Bréfritari: Sigríður Pálsdóttir
Viðtakandi: Páll Pálsson
Dagsetning: A-1866-07-05
Skrifað á: Breiðabólsstað  Rang.
Páll var bróðir Sigríðar

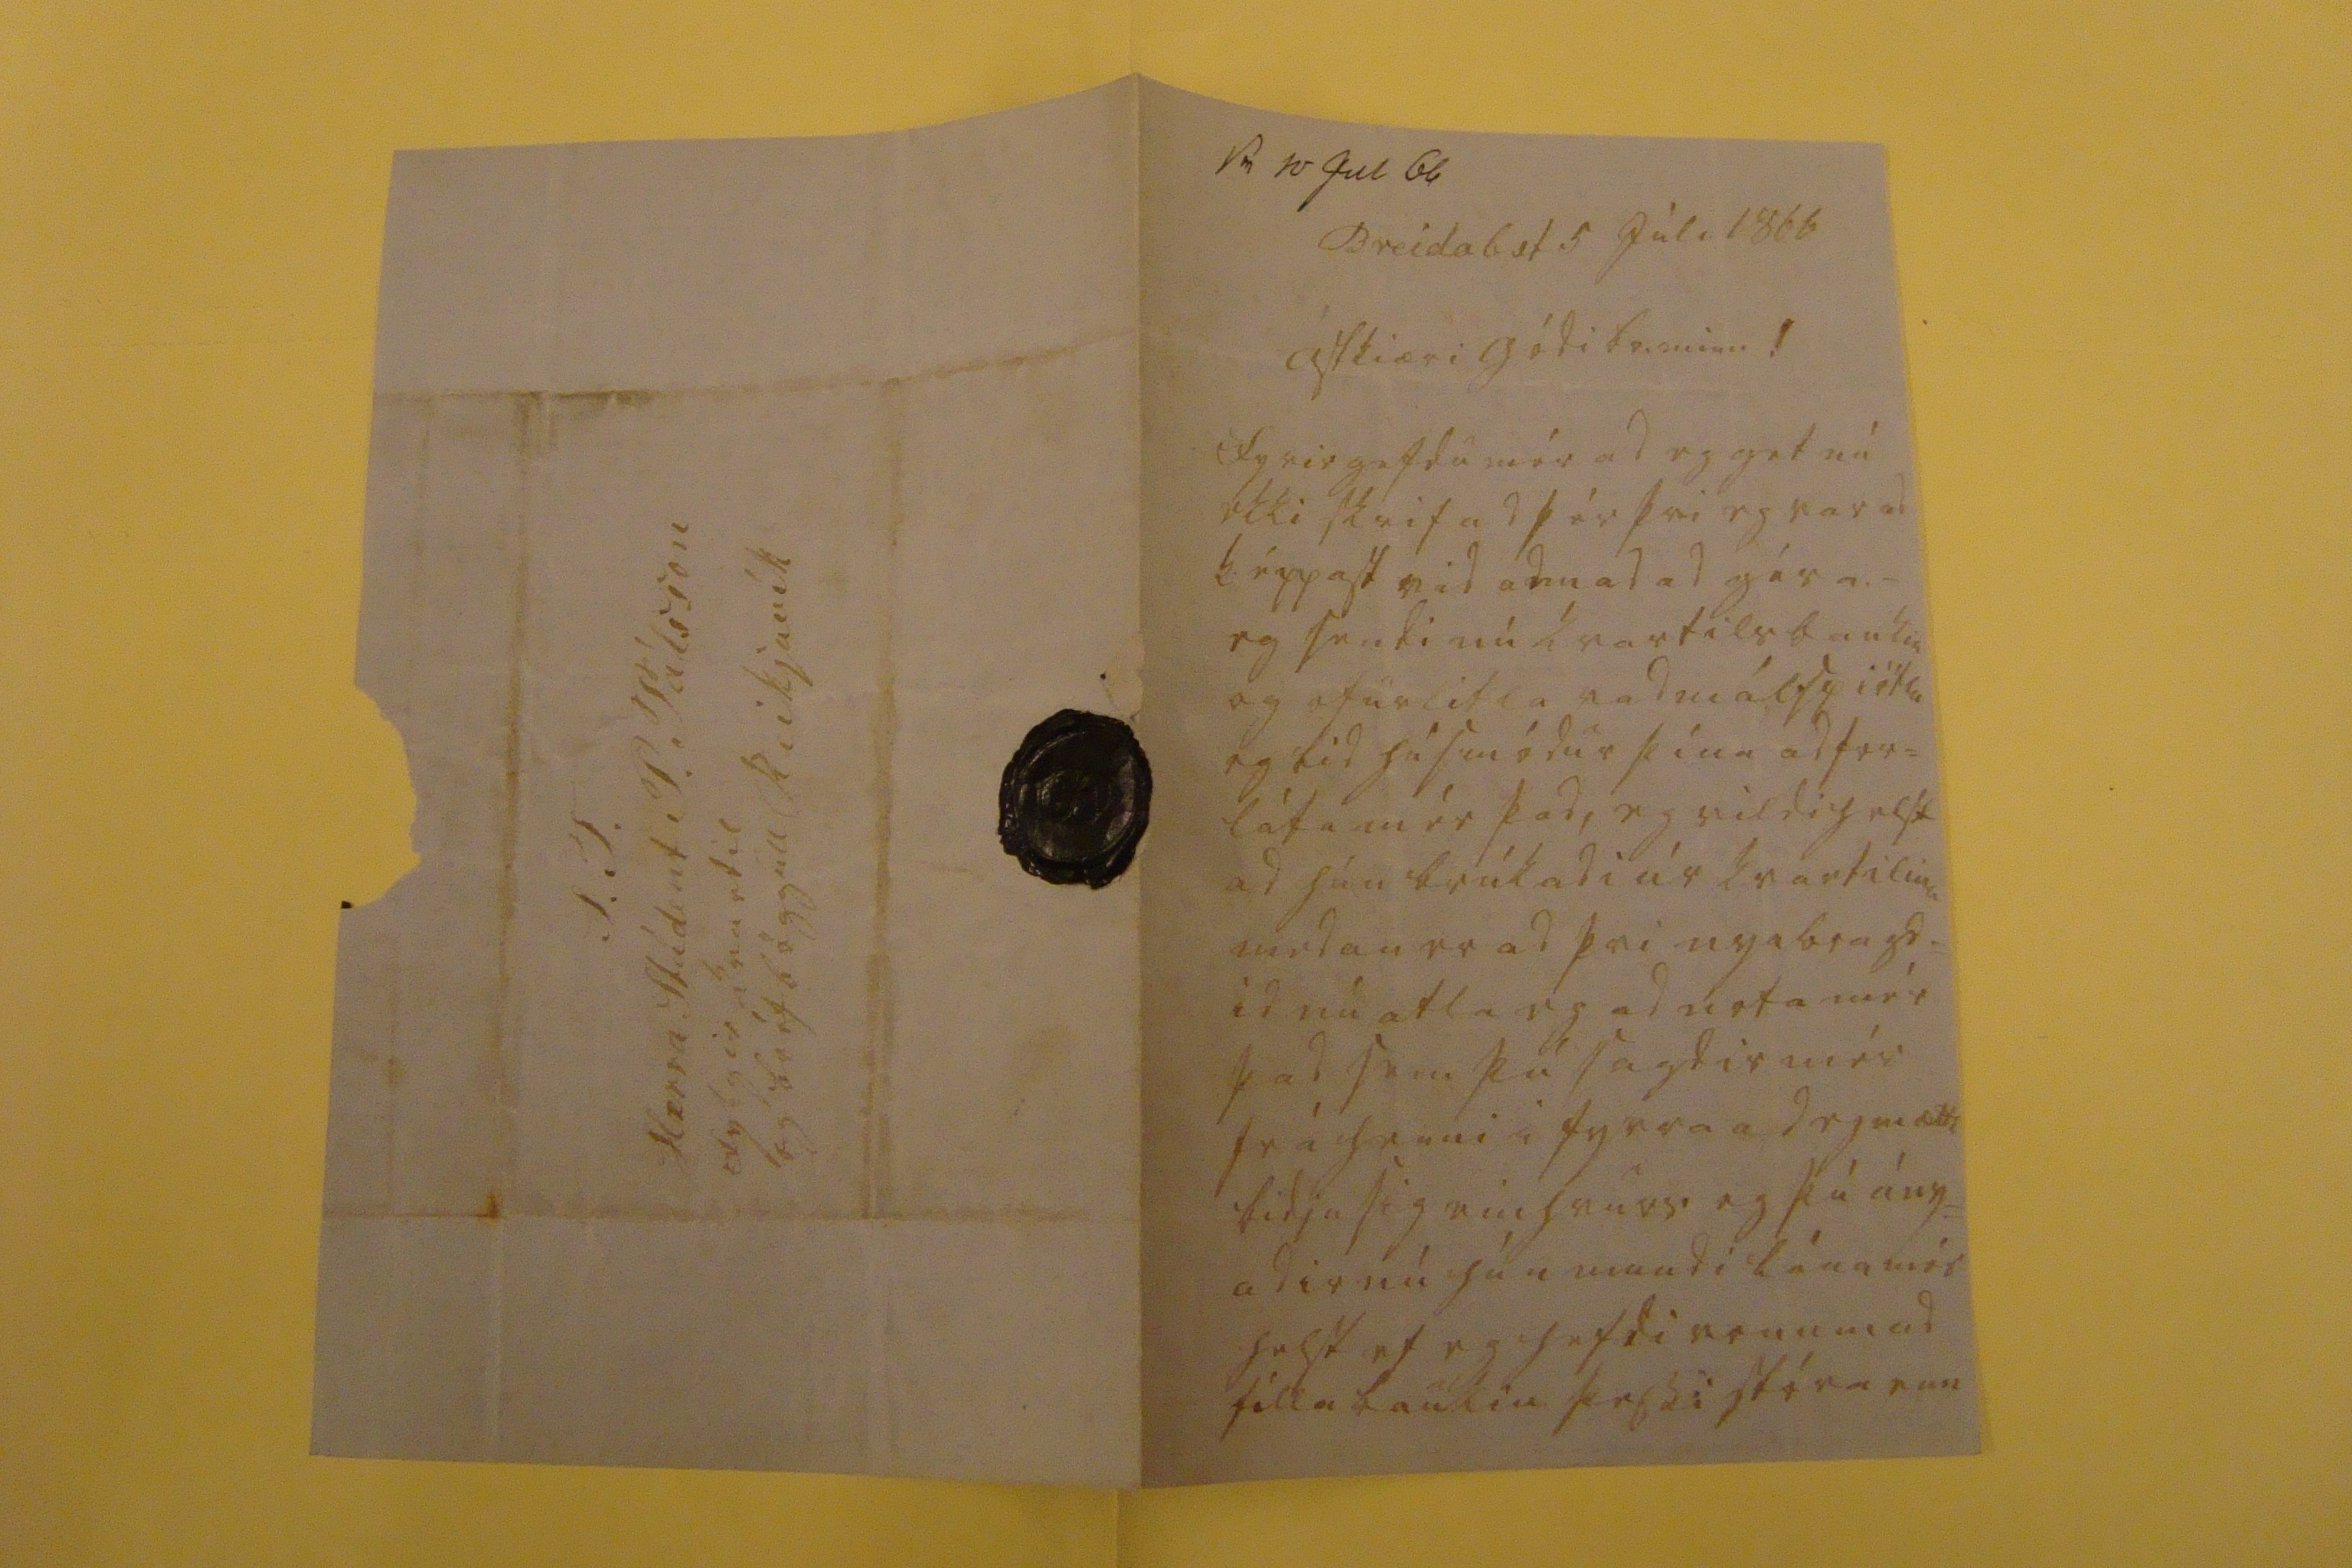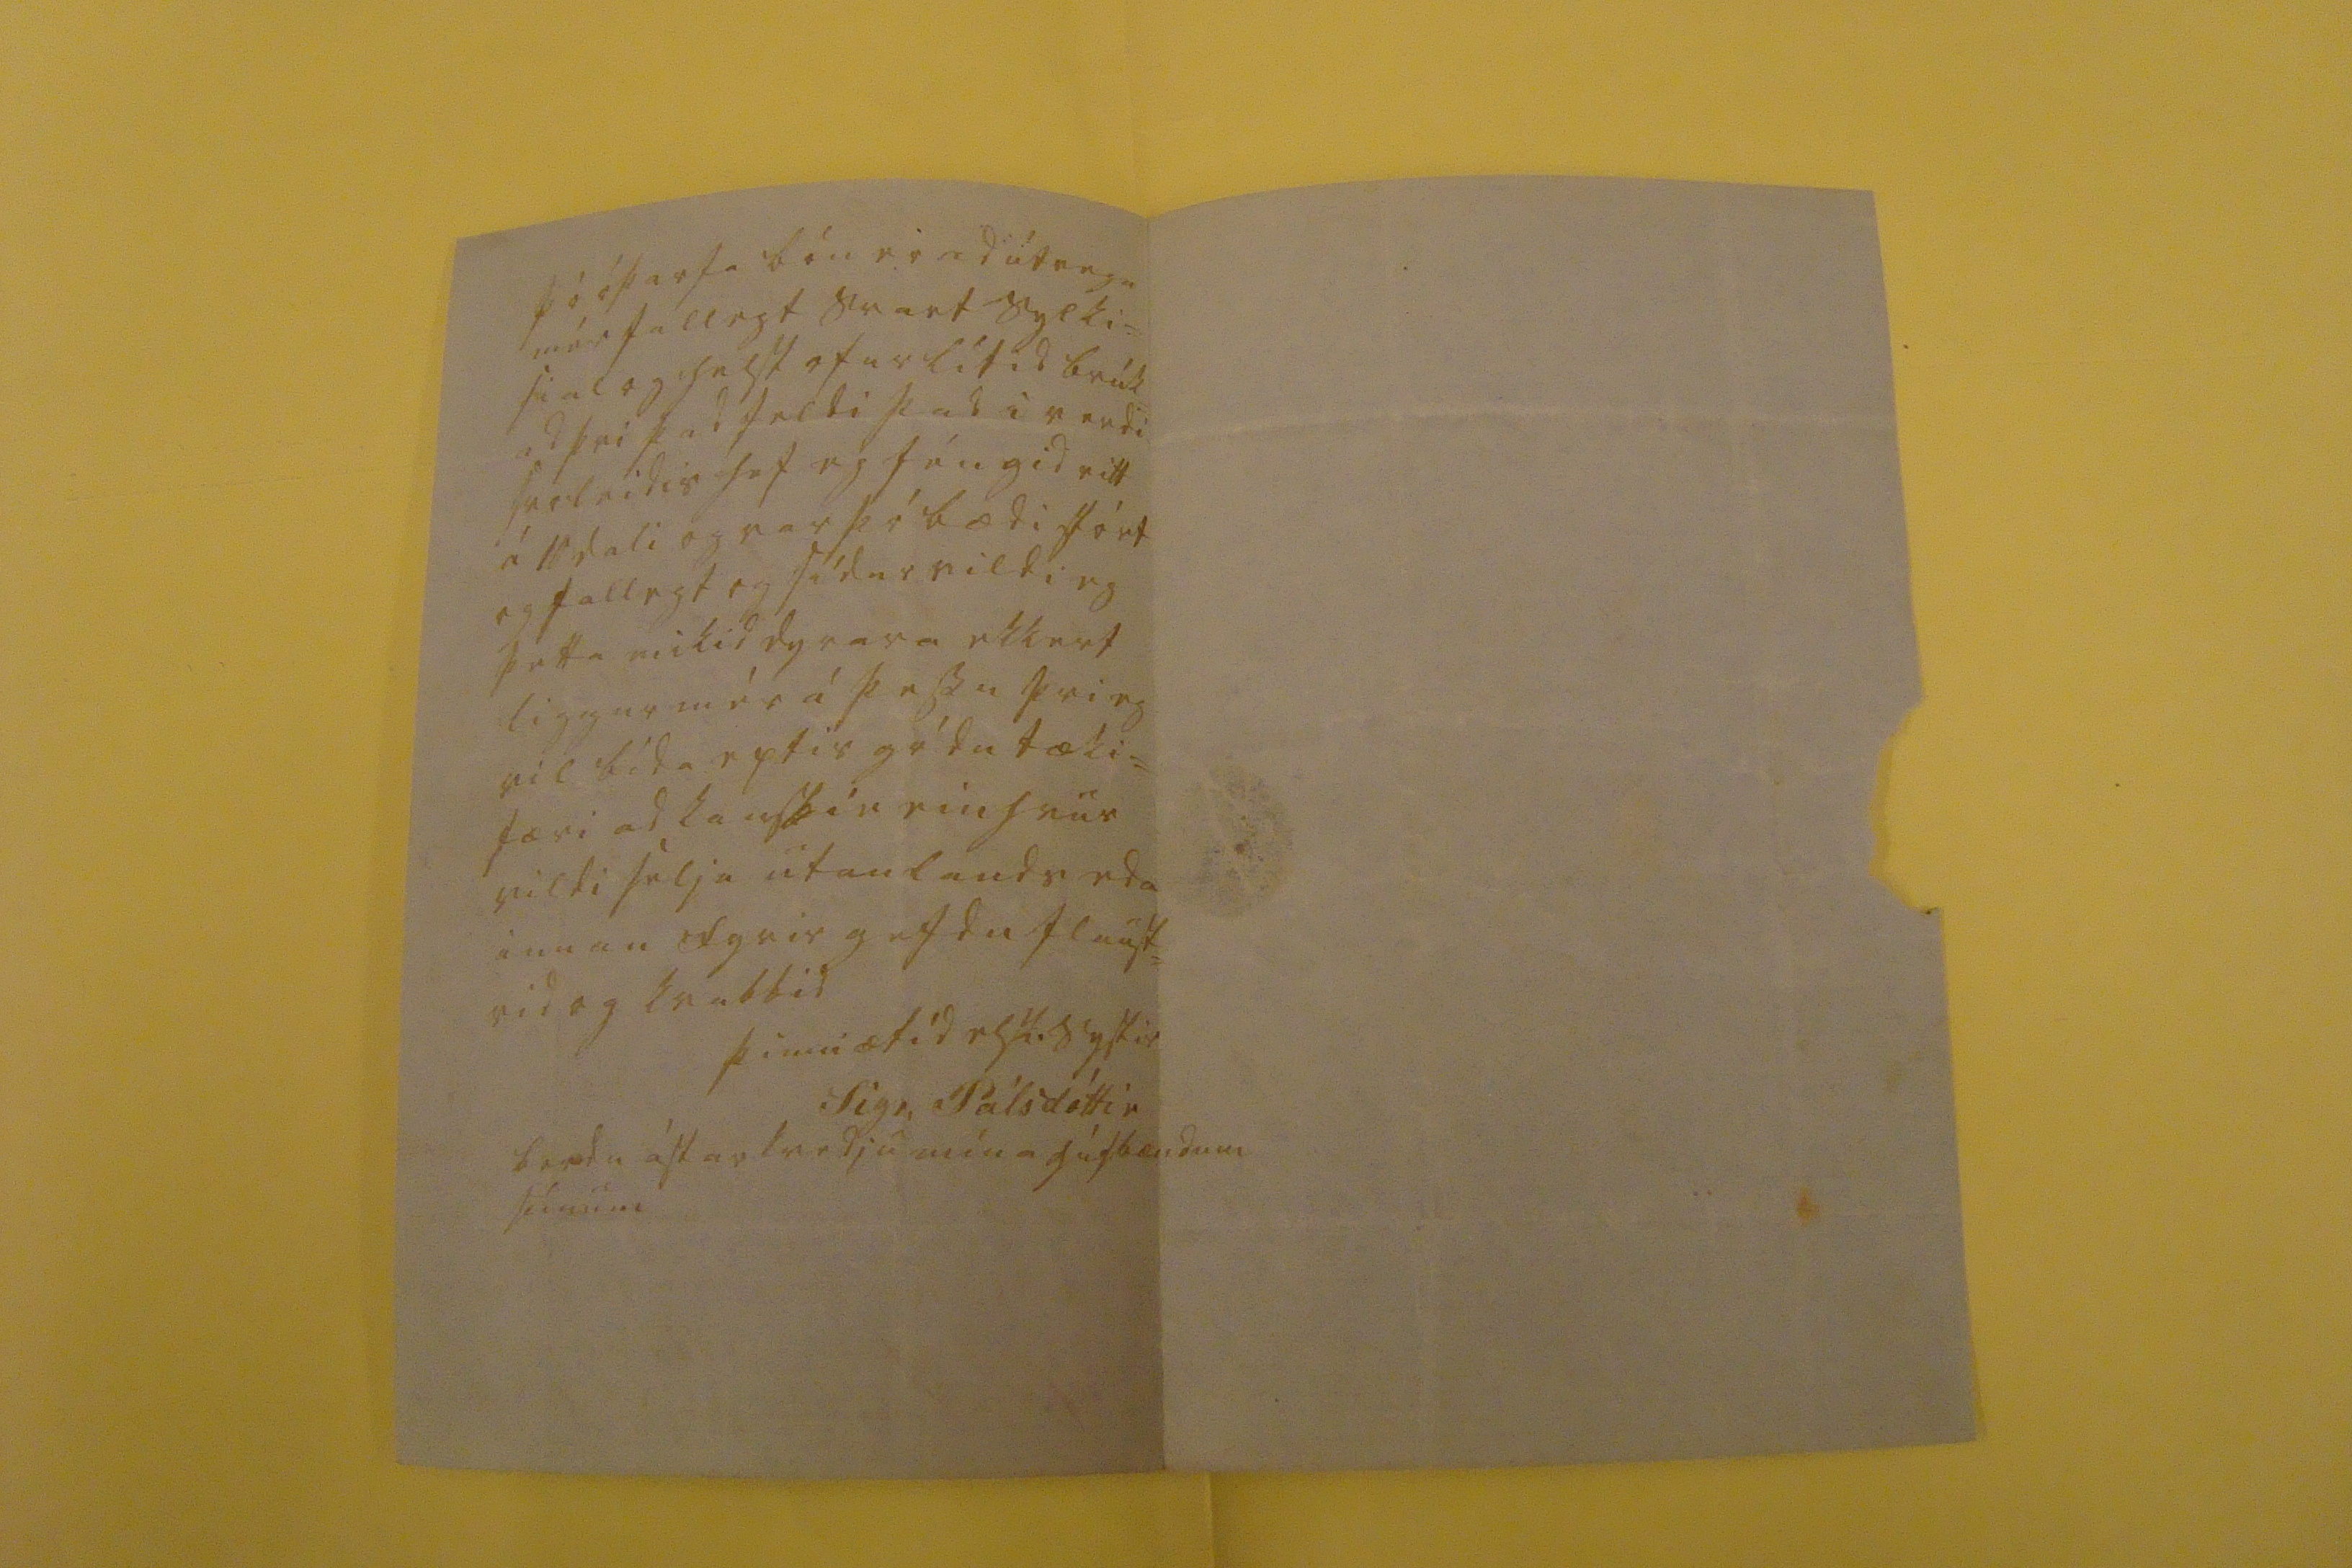

sv 10 Juli 66
Breidab st 5 Júli 1866
ástkiæri gódi br. minn!
Fyrirgefdu mér ad eg get nú ekki skrifad þér þvi eg var ad képpast vid annad ad géra._ eg sendi nú kvartilsbaukin og ofurlitla vadmálspiötlu eg bid húsmódur þína ad for= láta mér þad, eg vildi helst ad hún brúkadi úr kvartilinu medan er ad þvi nyabragd= id nú atla eg ad nota mér þad sem þú sagdir mér frá henni i fyrra ad eg mætti bidja þig einhvurs og þú ans= adir nú hún mundi lána mér helst ef eg hefdi von um ad filla baukin þessi stóra enn
þó óþarfa bón er ad útvega mér fallegt svart sylki= sial og helst ofurlítid brúk= ad þvi þad feldi þad i verdi svoleidis hef eg féngid eitt á 10 dali og var þó bædi stórt og fallegt og sídur vildi eg þetta mikid dyrara ekkert liggur mér á þessu þvi eg vil bída eptir gódu tæki= færi ad kanskie einhvur vildi selja utanlands eda innan fyrirgefdu flaust= rid og kvabbid
þinni ætíd elsk. systir
Sigr. Pálsdóttir
berdu ástarkvedju mína húsbændum þínum
S.T. Herra Stúdent P. Pálsson Reikjavík fylgir kvartil og bréfsböggull